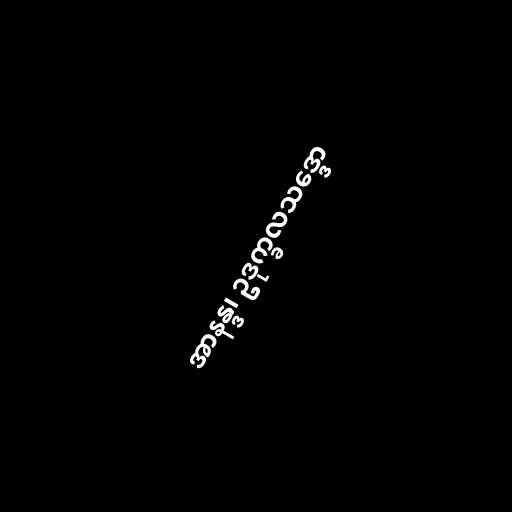
အာနန္ဒ၊ ဥဒုက္ခလသဒ္ဒော